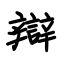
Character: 辯